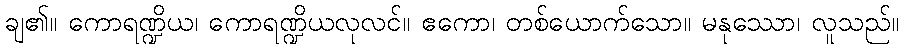
ချ၏။ ကောရဏ္ဍိယ၊ ကောရဏ္ဍိယလုလင်။ ဧကော၊ တစ်ယောက်သော။ မနုဿော၊ လူသည်။